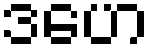
ဒဟေ